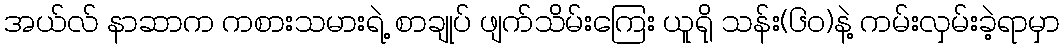
အယ်လ် နာဆာက ကစားသမားရဲ့ စာချုပ် ဖျက်သိမ်းကြေး ယူရို သန်း(၆၀)နဲ့ ကမ်းလှမ်းခဲ့ရာမှာ